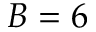
B = 6